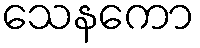
သေနကော